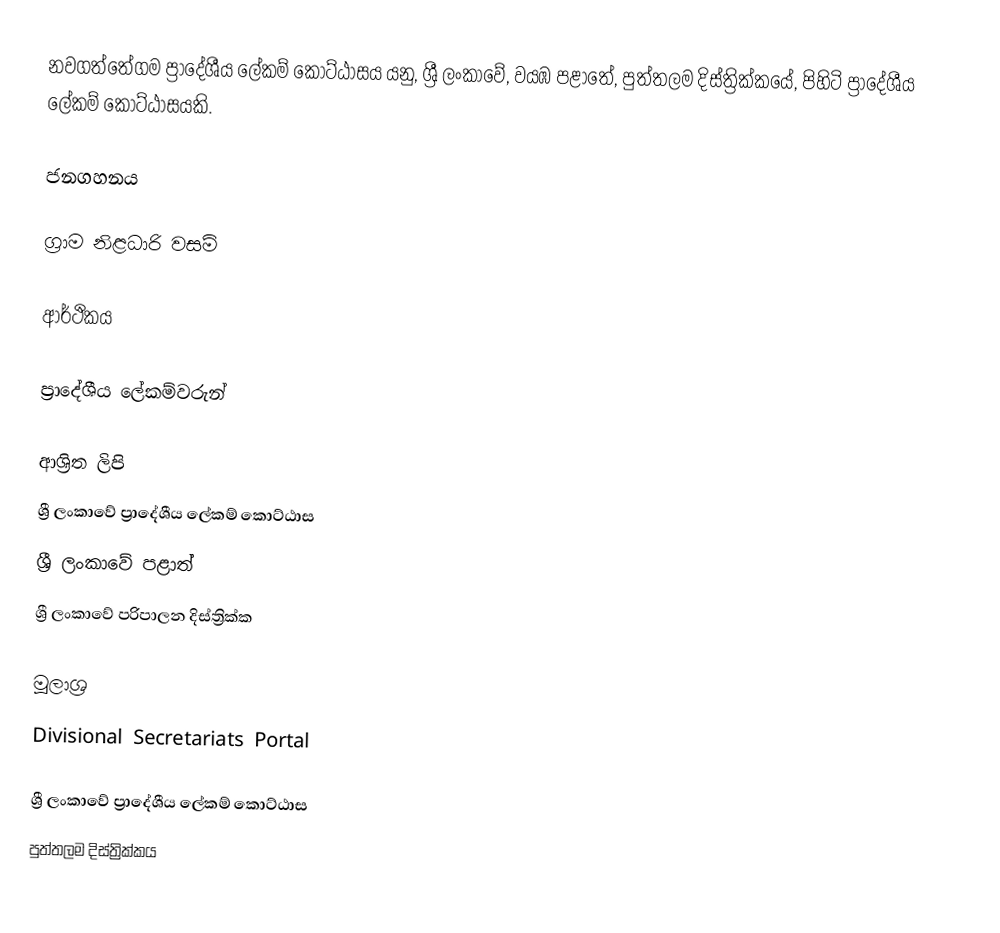
නවගත්තේගම ප්‍රාදේශීය ලේකම් කොට්ඨාසය යනු,  ශ්‍රී ලංකාවේ, වයඹ පළාතේ,   පුත්තලම දිස්ත්‍රික්කයේ, පිහිටි ප්‍රාදේශීය ලේකම් කොට්ඨාසයකි.

ජනගහනය

ග්‍රාම නිළධාරි වසම්

ආර්ථිකය

ප්‍රාදේශීය ලේකම්වරුන්

ආශ්‍රිත ලිපි
ශ්‍රී ලංකාවේ ප්‍රාදේශීය ලේකම් කොට්ඨාස
ශ්‍රී ලංකාවේ පළාත්
ශ්‍රී ලංකාවේ පරිපාලන දිස්ත්‍රික්ක

මූලාශ්‍ර
 Divisional Secretariats Portal

ශ්‍රී ලංකාවේ ප්‍රාදේශීය ලේකම් කොට්ඨාස
පුත්තලම දිස්ත්‍රික්කය